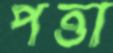
পত্তা